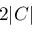
2 | C |